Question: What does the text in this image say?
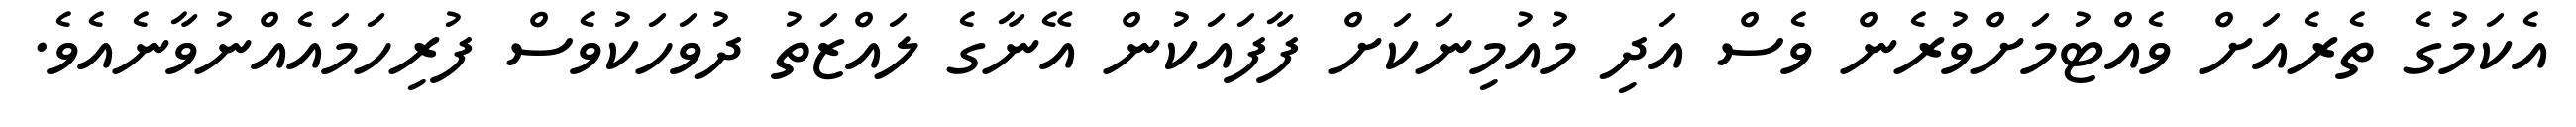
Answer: އެކަމުގެ ތެރެއަށް ވެއްޓުމަށްވުރެން ވެސް އަދި މުއުމިނަކަށް ފާފައަކުން އޭނާގެ ލައްޒަތު ދުވަހަކުވެސް ފުރިހަމައެއްނުވާނެއެވެ.